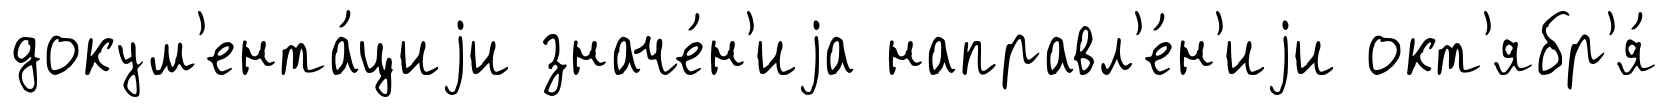
докум'ента́циjи значе́н'иjа направл'е́н'иjи окт'ябр'я́